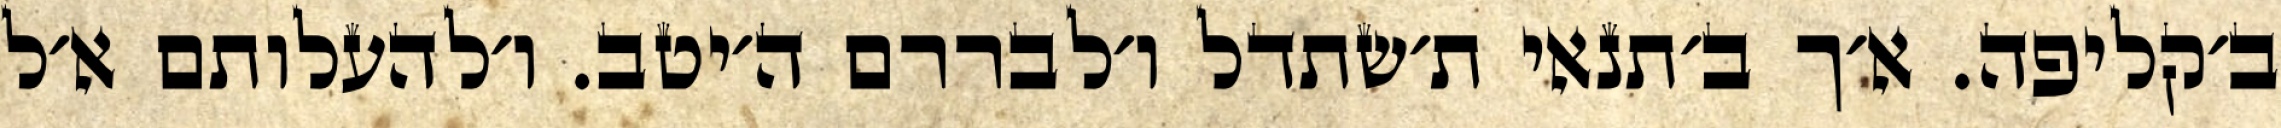
ב׳קליפה. א׳ך ב׳תנאי ת׳שתדל ו׳לבררם ה׳יטב. ו׳להעלותם א׳ל